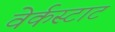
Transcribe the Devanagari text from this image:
वेर्कस्टाट